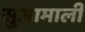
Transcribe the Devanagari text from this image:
सुआमाली